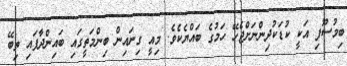
ބިމުސޫފި އަކީ ކުޑަކުދިންނަށްޖެހޭ ހަމުގެ ބައްޔެކެވެ. މިއީ ގިނައިން ބިންމަތީގައި ބައިންދާފައި ތިބޭ